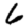
Digit: 6